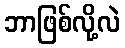
ဘာဖြစ်လို့လဲ